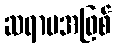
ဆရာမအဖြစ်